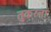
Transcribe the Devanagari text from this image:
तुकरना